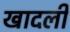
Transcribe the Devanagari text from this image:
खादली